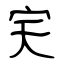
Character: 宎